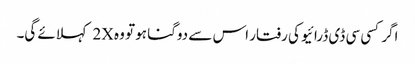
اگر کسی سی ڈی ڈرائیو کی رفتار اس سے دوگنا ہو تو وہ 2X کہلائے گی۔